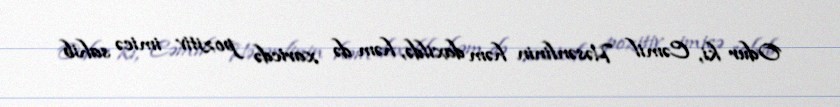
Odur ki, Cəmil Həsənlinin həm daxildə, həm də xaricdə pozitiv imicə sahib